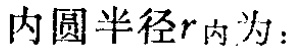
内圆半径\(r_{内}\)为：